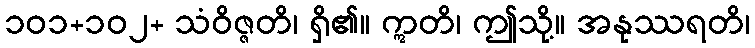
၁၀၁+၁၀၂+ သံဝိဇ္ဇတိ၊ ရှိ၏။ ဣတိ၊ ဤသို့။ အနုဿရတိ၊